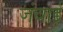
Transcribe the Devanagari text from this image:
जंवाई